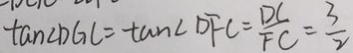
\tan \angle D G C = \tan \angle D F C = \frac { D G } { F C } = \frac { 3 } { 2 }